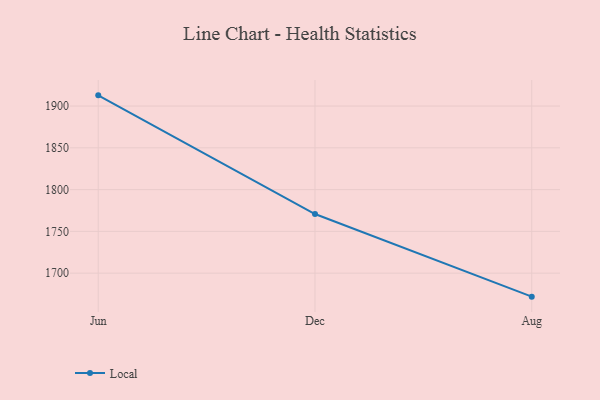
{"axis": {"x": "Month", "y": "Satisfaction Score"}, "legend": ["Local"], "data": [{"x": "Jun", "y": 1912.8, "type": "Local"}, {"x": "Dec", "y": 1770.8, "type": "Local"}, {"x": "Aug", "y": 1671.9, "type": "Local"}]}